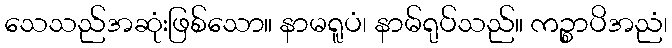
သေသည်အဆုံးဖြစ်သော။ နာမရူပံ၊ နာမ်ရုပ်သည်။ ကဉ္စာပိအညံ၊